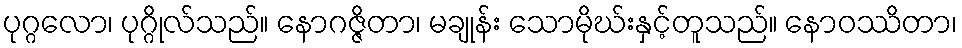
ပုဂ္ဂလော၊ ပုဂ္ဂိုလ်သည်။ နောဂဇ္ဇိတာ၊ မချုန်း သောမိုဃ်းနှင့်တူသည်။ နောဝဿိတာ၊